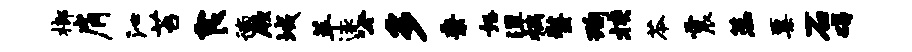
榔肩沁苔食徜厥域萃逐公多秉怒潭祸螯洵挟苓震蕊粟石碣